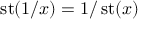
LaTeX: \operatorname { s t } ( 1 / x ) = 1 / \operatorname { s t } ( x )